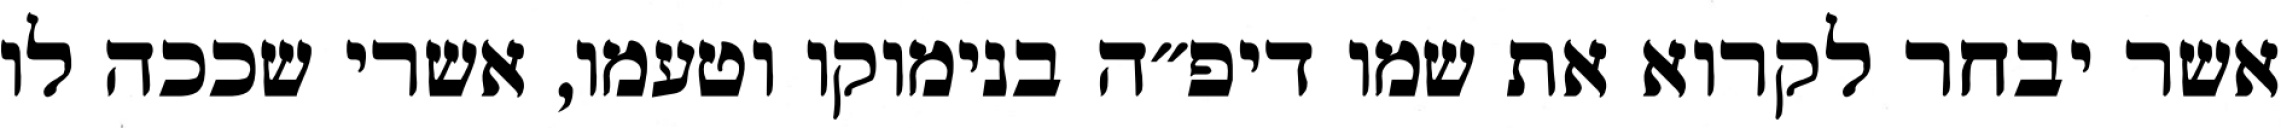
אשר יבחר לקרוא את שמו דיפ״ה בנימוקו וטעמו, אשרי שככה לו